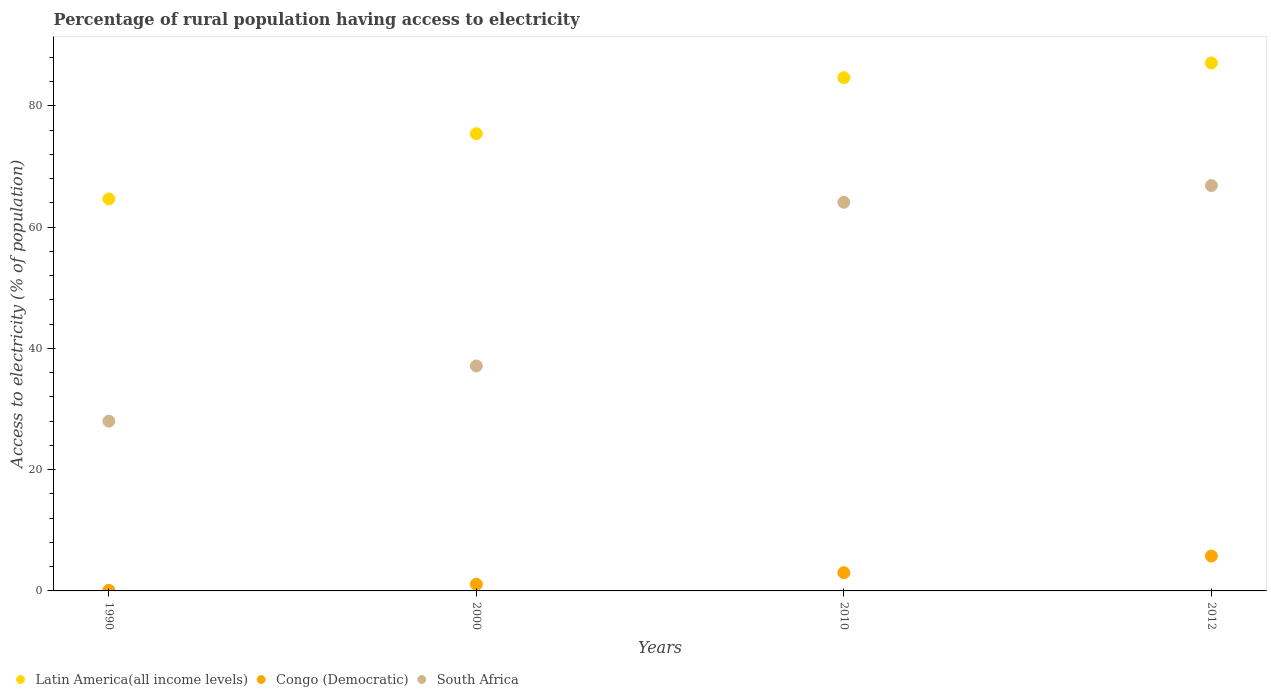
| Years | Latin America(all income levels) | Congo (Democratic) | South Africa |
 | --- | --- | --- | --- |
 | 1990 | 64.6 | 0.1 | 28 |
 | 2000 | 75.4 | 1.1 | 37.1 |
 | 2010 | 84.6 | 3 | 64.1 |
 | 2012 | 87.1 | 5.75 | 66.9 |